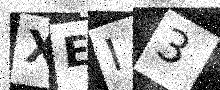
Text: XEI3